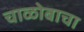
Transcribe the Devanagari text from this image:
चाळोबाचा